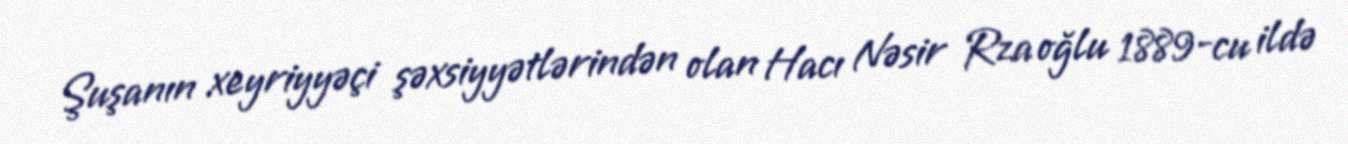
Şuşanın xeyriyyəçi şəxsiyyətlərindən olan Hacı Nəsir Rza oğlu 1889-cu ildə